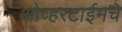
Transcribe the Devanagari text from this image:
ओव्हरटाईमचे